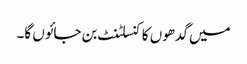
میں گدھوں کا کنسلٹنٹ بن جائوں گا۔